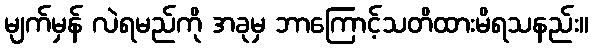
မျက်မှန် လဲရမည်ကို အခုမှ ဘာကြောင့်သတိထားမိရသနည်း။